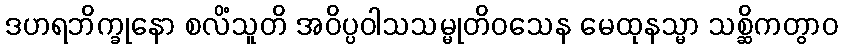
ဒဟရဘိက္ခုနော စလိံသူတိ အဝိပ္ပဝါသသမ္မုတိဝသေန မေထုနသ္မာ သစ္ဆိကတွာဝ